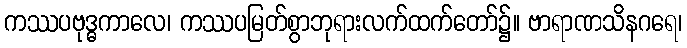
ကဿပဗုဒ္ဓကာလေ၊ ကဿပမြတ်စွာဘုရားလက်ထက်တော်၌။ ဗာရာဏသိနဂရေ၊